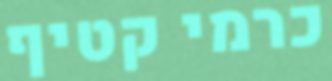
כרמי קטיף